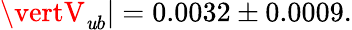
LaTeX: \vertV_{\mathit{u}b}\vert=0.0032\pm0.0009.